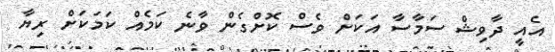
އެއީ ދާވިޝް ސަމާސާ އަކަށް ވެސް ކޮށްގެން ވާނެ ކަމެއް ކަމަކަށް ރިޔާ